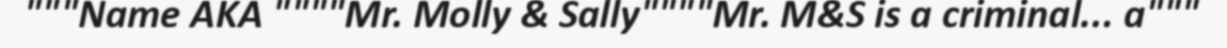
"""Name AKA """"Mr. Molly & Sally""""Mr. M&S is a criminal... a"""